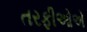
તરફીઓએ